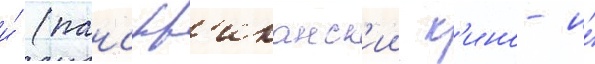
и́ (панафр'иканск'ии к'ино- и́